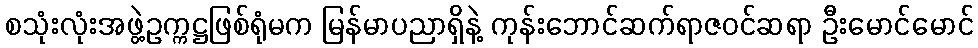
စသုံးလုံးအဖွဲ့ဥက္ကဋ္ဌဖြစ်ရုံမက မြန်မာပညာရှိနဲ့ ကုန်းဘောင်ဆက်ရာဇဝင်ဆရာ ဦးမောင်မောင်